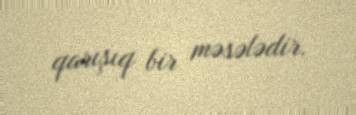
qarışıq bir məsələdir.